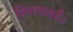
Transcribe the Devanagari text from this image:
विरासतहै।